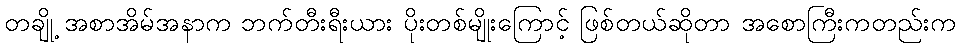
တချို့ အစာအိမ်အနာက ဘက်တီးရီးယား ပိုးတစ်မျိုးကြောင့် ဖြစ်တယ်ဆိုတာ အစောကြီးကတည်းက